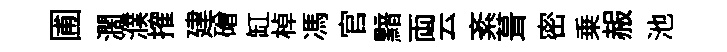
圃濶濮搉建磳缸棹馮官黯両云紊葺密乗赧池